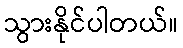
သွားနိုင်ပါတယ်။